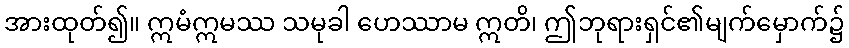
အားထုတ်၍။ ဣမံဣမဿ သမုခါ ဟေဿာမ ဣတိ၊ ဤဘုရားရှင်၏မျက်မှောက်၌